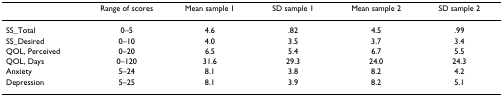
<table><thead><tr><td></td><td><b>Range of scores</b></td><td><b>Mean sample 1</b></td><td><b>SD sample 1</b></td><td><b>Mean sample 2</b></td><td><b>SD sample 2</b></td></tr></thead><tbody><tr><td>SS_Total</td><td>0–5</td><td>4.6</td><td>.82</td><td>4.5</td><td>.99</td></tr><tr><td>SS_Desired</td><td>0–10</td><td>4.0</td><td>3.5</td><td>3.7</td><td>3.4</td></tr><tr><td>QOL, Perceived</td><td>0–20</td><td>6.5</td><td>5.4</td><td>6.7</td><td>5.5</td></tr><tr><td>QOL, Days</td><td>0–120</td><td>31.6</td><td>29.3</td><td>24.0</td><td>24.3</td></tr><tr><td>Anxiety</td><td>5–24</td><td>8.1</td><td>3.8</td><td>8.2</td><td>4.2</td></tr><tr><td>Depression</td><td>5–25</td><td>8.1</td><td>3.9</td><td>8.2</td><td>5.1</td></tr></tbody></table>